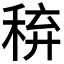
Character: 𥟋